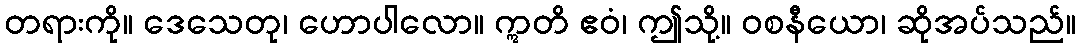
တရားကို။ ဒေသေတု၊ ဟောပါလော။ ဣတိ ဧဝံ၊ ဤသို့။ ဝစနီယော၊ ဆိုအပ်သည်။